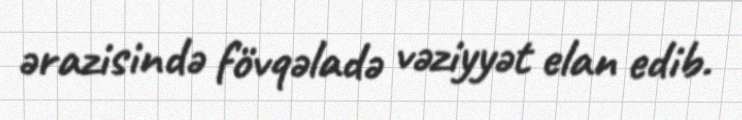
ərazisində fövqəladə vəziyyət elan edib.